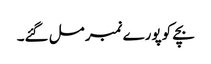
بچے کو پورے نمبر مل گئے۔